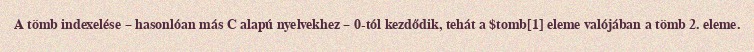
A tömb indexelése – hasonlóan más C alapú nyelvekhez – 0-tól kezdődik, tehát a $tomb[1] eleme valójában a tömb 2. eleme.